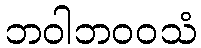
ဘဝါဘဝဝသံ